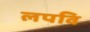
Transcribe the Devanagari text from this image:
लपवि